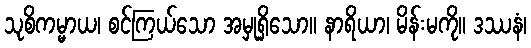
သုစိကမ္မာယ၊ စင်ကြယ်သော အမှုရှိသော။ နာရိယာ၊ မိန်းမကို။ ဒဿနံ၊